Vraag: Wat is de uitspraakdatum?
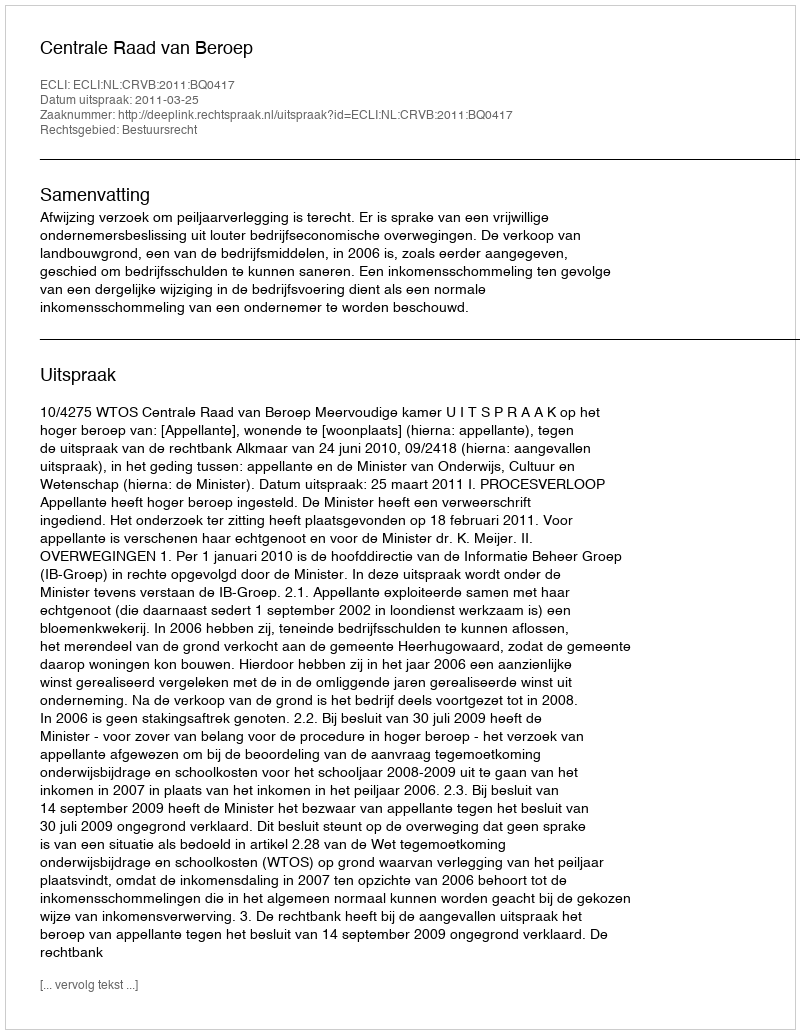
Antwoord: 2011-03-25